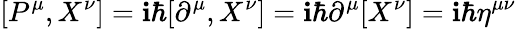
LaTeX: [P^{\mu},X^{\nu}]=\mathbf{i}\hbar[\partial^{\mu},X^{\nu}]=\mathbf{i}\hbar\partial^{\mu}[X^{\nu}]=\mathbf{i}\hbar\eta^{\mu\nu}